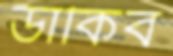
ডাকিব